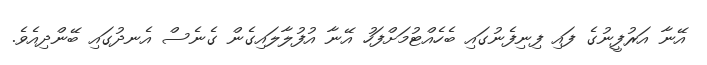
އޭނާ އަރުފީނުގެ ފައި ފިނިފެނުގައި ބެހެއްޓުމަށްފަހު އޭނާ އުފުލާލައިގެން ގެނެސް އެނދުގައި ބޭންދިއެވެ.